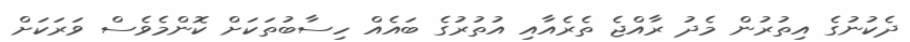
ދެކުނުގެ އިތުރުން މެދު ރާއްޖެ ތެރެއާއި އުތުރުގެ ބައެއް ހިސާބުތަކަށް ކޮންމެވެސް ވަރަކަށް